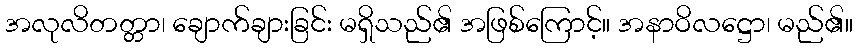
အလုလိတတ္တာ၊ ချောက်ချားခြင်း မရှိသည်၏ အဖြစ်ကြောင့်။ အနာဝိလဋ္ဌော၊ မည်၏။